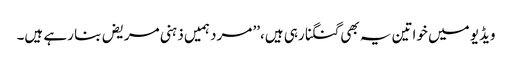
ویڈیو میں خواتین یہ بھی گنگنا رہی ہیں،’’ مرد ہمیں ذہنی مریض بنا رہے ہیں۔